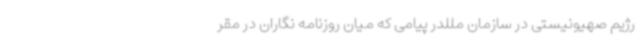
رژیم صهیونیستی در سازمان مللدر پیامی که میان روزنامه نگاران در مقر